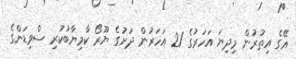
އޭގެ އިތުރުން މިދިޔަ އަހަރުގެ 21 އަހަރުން ދަށުގެ ޔޫރޯ ކާމިޔާބުކުރި ސްވިޑަންގެ